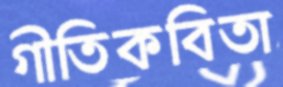
গীতিকবিতা